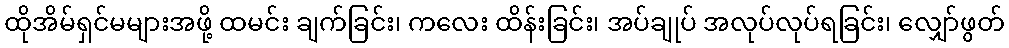
ထိုအိမ်ရှင်မများအဖို့ ထမင်း ချက်ခြင်း၊ ကလေး ထိန်းခြင်း၊ အပ်ချုပ် အလုပ်လုပ်ရခြင်း၊ လျှော်ဖွတ်